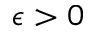
\epsilon > 0